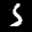
Label: 5